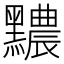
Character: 𪒬